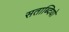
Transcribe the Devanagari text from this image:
सताब्दियो